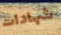
شهادات